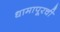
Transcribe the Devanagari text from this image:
धामापूरची